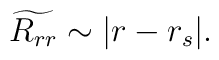
\widetilde{R_{rr}}\sim |r-r_s|.